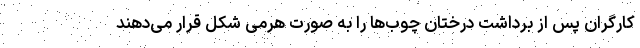
کارگران پس از برداشت درختان چوب‌ها را به صورت هرمی شکل قرار می‌دهند